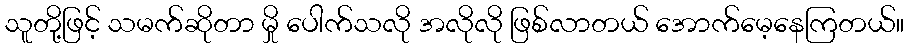
သူတို့ဖြင့် သမက်ဆိုတာ မှို ပေါက်သလို အလိုလို ဖြစ်လာတယ် အောက်မေ့နေကြတယ်။